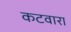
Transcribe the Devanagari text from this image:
कटवारा